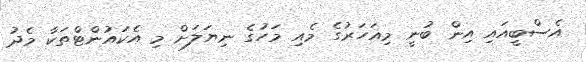
އެސްބީއައި އިން ބުނީ މިއަހަރުގެ މެއި މަހުގެ ނިޔަލަށް މި އެކައުންޓްތަކާ މެދު